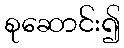
စုဆောင်း၍